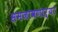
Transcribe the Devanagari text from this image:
समजावणाऱ्या